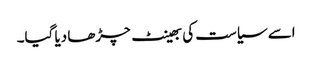
اسے سیاست کی بھینٹ چڑھا دیا گیا۔